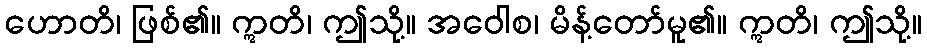
ဟောတိ၊ ဖြစ်၏။ ဣတိ၊ ဤသို့။ အဝေါစ၊ မိန့်တော်မူ၏။ ဣတိ၊ ဤသို့။